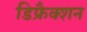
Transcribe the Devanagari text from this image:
डिफ्रैक्शन